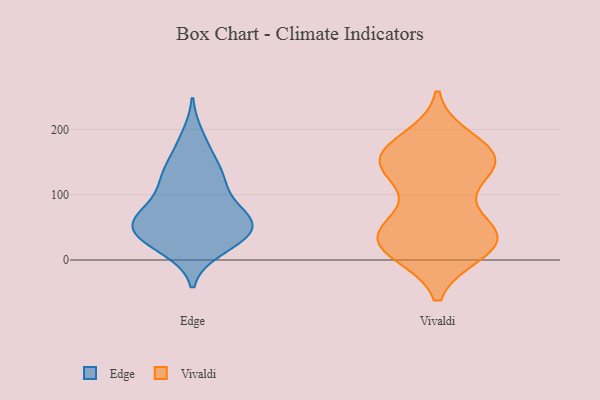
{"axis": {"x": "LTV (USD)", "y": "Value"}, "legend": ["Edge", "Vivaldi"], "data": [{"x": "", "y": 127, "type": "Edge"}, {"x": "", "y": 17, "type": "Edge"}, {"x": "", "y": 166, "type": "Edge"}, {"x": "", "y": 49, "type": "Edge"}, {"x": "", "y": 41, "type": "Edge"}, {"x": "", "y": 23, "type": "Edge"}, {"x": "", "y": 40, "type": "Edge"}, {"x": "", "y": 138, "type": "Edge"}, {"x": "", "y": 77, "type": "Edge"}, {"x": "", "y": 123, "type": "Edge"}, {"x": "", "y": 27, "type": "Edge"}, {"x": "", "y": 57, "type": "Edge"}, {"x": "", "y": 93, "type": "Edge"}, {"x": "", "y": 189, "type": "Edge"}, {"x": "", "y": 123, "type": "Edge"}, {"x": "", "y": 67, "type": "Edge"}, {"x": "", "y": 55, "type": "Edge"}, {"x": "", "y": 58, "type": "Edge"}, {"x": "", "y": 61, "type": "Edge"}, {"x": "", "y": 153, "type": "Vivaldi"}, {"x": "", "y": 40, "type": "Vivaldi"}, {"x": "", "y": 19, "type": "Vivaldi"}, {"x": "", "y": 34, "type": "Vivaldi"}, {"x": "", "y": 148, "type": "Vivaldi"}, {"x": "", "y": 160, "type": "Vivaldi"}, {"x": "", "y": 167, "type": "Vivaldi"}, {"x": "", "y": 147, "type": "Vivaldi"}, {"x": "", "y": 44, "type": "Vivaldi"}, {"x": "", "y": 182, "type": "Vivaldi"}, {"x": "", "y": 14, "type": "Vivaldi"}, {"x": "", "y": 38, "type": "Vivaldi"}, {"x": "", "y": 150, "type": "Vivaldi"}, {"x": "", "y": 32, "type": "Vivaldi"}, {"x": "", "y": 117, "type": "Vivaldi"}, {"x": "", "y": 52, "type": "Vivaldi"}, {"x": "", "y": 150, "type": "Vivaldi"}, {"x": "", "y": 16, "type": "Vivaldi"}]}